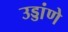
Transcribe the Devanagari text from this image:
उड्डांणे